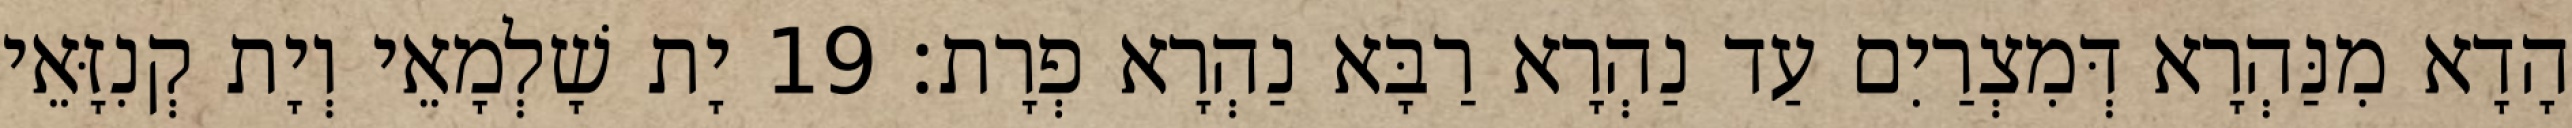
הָדָא מִנַּהְרָא דְּמִצְרַיִם עַד נַהְרָא רַבָּא נַהְרָא פְרָת׃ 19 יָת שָׁלְמָאֵי וְיָת קְנִזָּאֵי